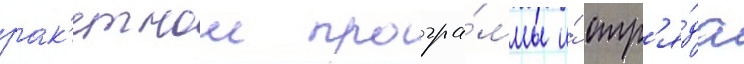
рак'етнои програ́ммы и́ отр'я́да